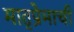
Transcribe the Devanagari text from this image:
मातृप्रेमाची